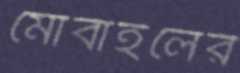
মোবাইলের